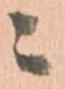
ニ